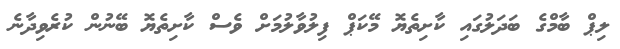
ލިޕް ބާމްގެ ބަދަލުގައި ކާށިތެޔޮ މޭކަޕް ފިލުވާލުމަށް ވެސް ކާށިތެޔޮ ބޭނުން ކުރެވިދާނެ